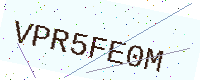
Text: VPR5FE0M